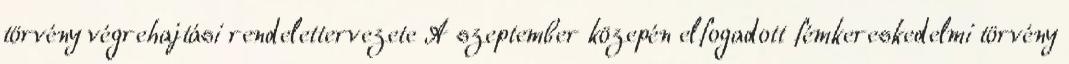
törvény végrehajtási rendelettervezete A szeptember közepén elfogadott fémkereskedelmi törvény